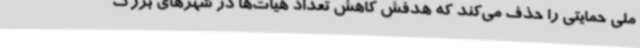
ملی حمایتی را حذف می‌کند که هدفش کاهش تعداد هیات‌ها در شهرهای بزرگ